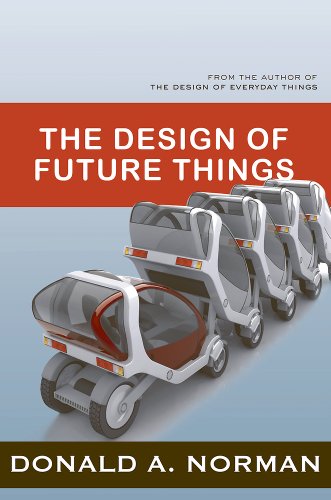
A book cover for The Design of Future Things; Don Norman; Arts & Photography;